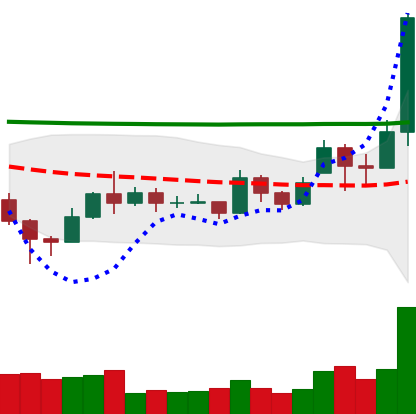
Ticker: EOS-USD
Chart end date: 2020-11-21
Forward return: -8.555%
Label: down_7plus